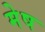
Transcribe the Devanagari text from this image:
मेेष